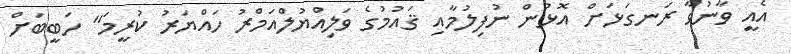
އެއީ ވާނުވާ ރަނގަޅަށް އޮޅުން ނުފިލުމާއި ޤައުމުގެ ވަލިއްޔުލްއަމްރު ހައްޔަރު ކުރީމަ" ހަބީބަށް